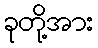
ခုတို့အား